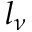
l _ { \nu }